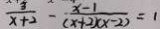
\frac { 3 } { x + 2 } - \frac { x - 1 } { ( x + 2 ) ( x - 2 ) } = 1